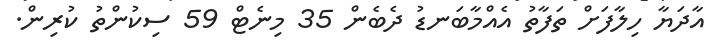
އާދަޔާ ހިލާފަށް ތަފާތު އެއްމާބަނޑު ދެބެން 35 މިނެޓް 59 ސިކުންތު ކުރިން.